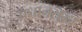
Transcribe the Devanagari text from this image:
प्रधानसुद्धा